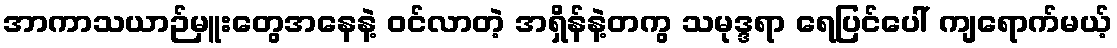
အာကာသယာဉ်မှူးတွေအနေနဲ့ ဝင်လာတဲ့ အရှိန်နဲ့တကွ သမုဒ္ဒရာ ရေပြင်ပေါ် ကျရောက်မယ့်